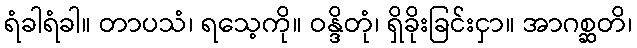
ရံခါရံခါ။ တာပသံ၊ ရသေ့ကို။ ဝန္ဒိတုံ၊ ရှိခိုးခြင်းငှာ။ အာဂစ္ဆတိ၊